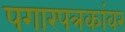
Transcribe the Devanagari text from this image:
पगारपत्रकांवर